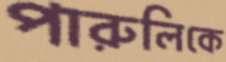
পারুলিকে